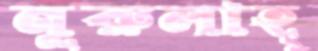
নূরুলাহ্